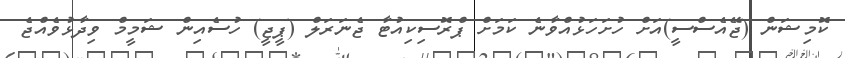
ކޮމިޝަން (ޖޭއެސްސީ)އަށް ހުށަހަޅުއްވާނެ ކަމަށް ޕްރޮސިކިއުޓާ ޖެނަރަލް (ޕީޖީ) ހުސެއިން ޝަމީމް ވިދާޅުވެއްޖެ